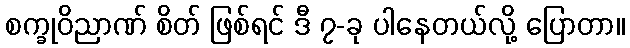
စက္ခုဝိညာဏ် စိတ် ဖြစ်ရင် ဒီ ၇-ခု ပါနေတယ်လို့ ပြောတာ။